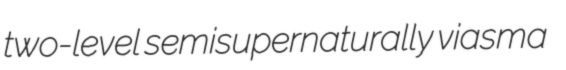
two-level semisupernaturally viasma